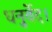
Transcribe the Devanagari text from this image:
धनुर्वेद।